Plague in India, 1896, 1897 - Volume 1
Year: 1896
Disease focus: Plague
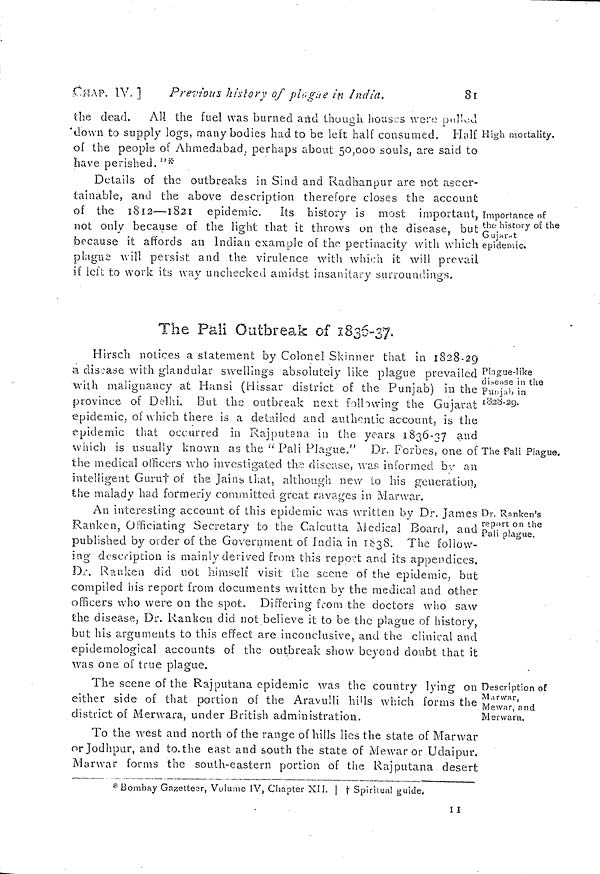
[CHAP. IV.]
Previous history of plague in India.
81
High mortality.
the dead. All the fuel was burned and though houses were pulled
down to supply logs, many bodies hud to be left half consumed, Half
of the people of Ahmedabad, perhaps about 50,000 souls, are said to
have perished. "*
Importance of
the history of the
Gujarat
epidemic.
Details of the outbreaks in Sind and Radhanpur are not asccr-
tainable, and the above description therefore closes the account
of the 1812—1821 epidemic, Its history is most important,
not only because of the light that it throws on the disease, but
because it affords an Indian example of the pertinacity with which
plague will persist and the virulence with which it will prevail
if left to work its way unchecked amidst insanitary surroundings.
Plague-like
disease in the
Punjab in
1028-29.
The Pali Plague.
The Pali Outbreak of 1836-37.
Hirsch notices a statement by Colonel Skinner that in 1828-29
a disoase with glandular swellings absolutely like plague prevailed
with malignancy at Hansi (Hissar district of the Punjab) in the
province of Delhi. But the outbreak next following the Gujarat
epidemic, of which there is a detailed and authentic account, is the
epidemic that occurred in Rajputana in the years 1836-37 and
which is usually known as the " Pali Plague." Dr. Forbes, one of
the medical officers who investigated the disease, was informed by an
intelligent Guru † of the Jains that, although new to his generation,
the maladv had formerly committed great ravages in Marwar.
Dr. Ranken's
report on the
Pali plague.
An interesting account of this epidemic was written by Dr. James
Ranken, Officiating Secretary to the Calcutta Medical Board, and ]
published by order of the Government of India in 1838. The follow-
ing description is mainly derived from this report and its appendices.
Dr. Ranken did not himself visit the scene of the epidemic, but
compiled his report from documents written by the medical and other
officers who were on the spot. Differing from the doctors who saw
the disease, Dr. Ranken did not believe it to be the plague of history,
but his arguments to this effect are inconclusive, and the clinical and
epidemological accounts of the outbreak show beyond doubt that it
was one of true plague.
Description of
Marwar,
Mewar, and
M envara.
The scene of the Raj putaña epidemic was the country lying on
either side of that portion of the Aravulli hills which forms the
district of Merwara, under British administration.
To the west and north of the range of hills lies the state of Marwar
or Jodhpur, and to. the east and south the state of Mewar or Udaipur.
Marwar forms the south-eastern portion of the Rajputana desert
* Bombay Gazetteer, Volume IV, Chapter XII. | † Spiritual guide.
I I